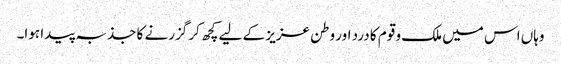
وہاں اس میں ملک و قوم کا درد اور وطن عزیز کے لیے کچھ کر گزرنے کا جذبہ پیدا ہوا۔